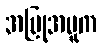
အပြုအမူက